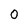
Character: 0